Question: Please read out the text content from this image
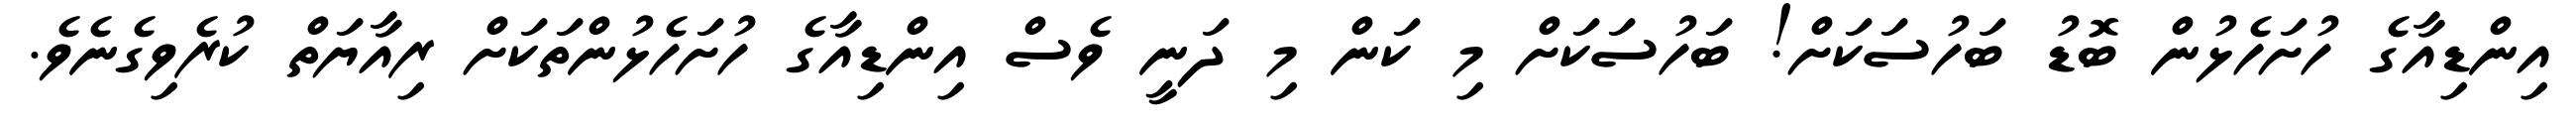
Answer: އިންޑިއާގެ ހުށަހެޅުން ބޮޑު ބަހުސަކަށް! ބަހުސަކަށް މި ކަން މި ދަނީ ވެސް އިންޑިއާގެ ހުށަހެޅުންތަކަށް ރިއާޔަތް ކުރެވިގެނެވެ.